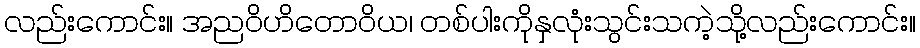
လည်းကောင်း။ အညဝိဟိတောဝိယ၊ တစ်ပါးကိုနှလုံးသွင်းသကဲ့သို့လည်းကောင်း။